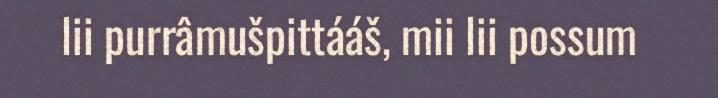
lii purrâmušpittááš, mii lii possum